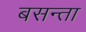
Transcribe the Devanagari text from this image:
बसन्ता